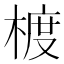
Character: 𪳁